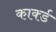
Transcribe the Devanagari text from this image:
कार्क्ड